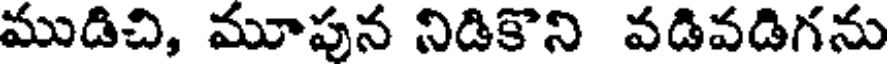
ముడిచి, మూపున నిడికొని వడివడిగను